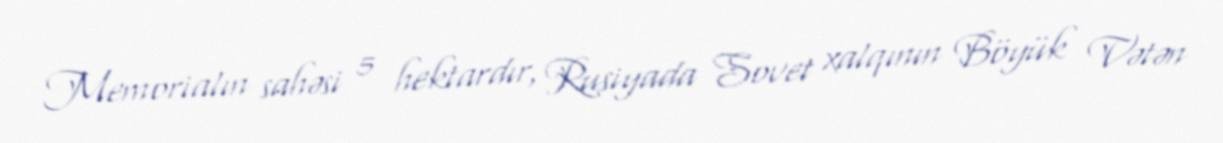
Memorialın sahəsi 5 hektardır, Rusiyada Sovet xalqının Böyük Vətən